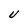
Character: U